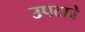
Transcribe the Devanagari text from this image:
उपटावे